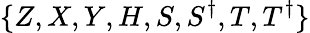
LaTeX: \{ Z,X,Y,H,S,S^{\dagger},T,T^{\dagger}\}